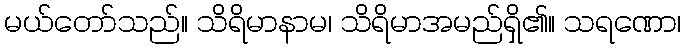
မယ်တော်သည်။ သိရိမာနာမ၊ သိရိမာအမည်ရှိ၏။ သရဏော၊